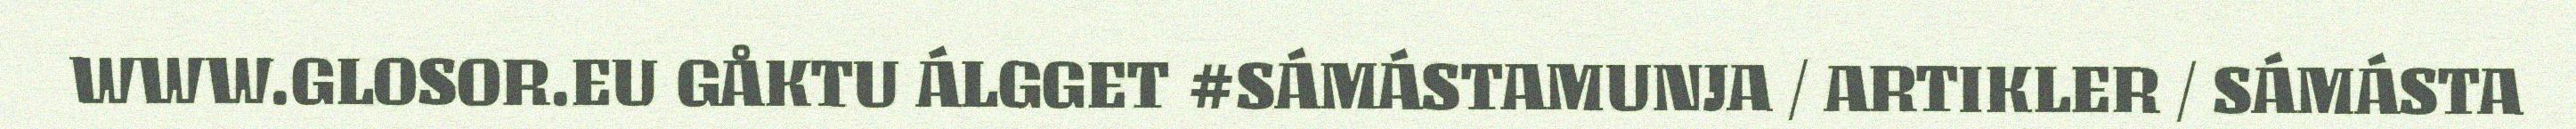
WWW.GLOSOR.EU GÅKTU ÁLGGET #SÁMÁSTAMUNJA / ARTIKLER / SÁMÁSTA